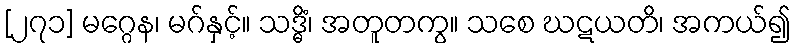
[၂၇၁] မဂ္ဂေန၊ မဂ်နှင့်။ သဒ္ဓိံ၊ အတူတကွ။ သစေ ဃဋယတိ၊ အကယ်၍